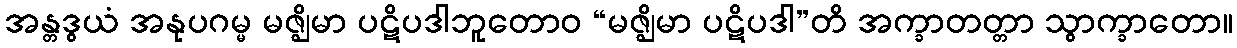
အန္တဒွယံ အနုပဂမ္မ မဇ္ဈိမာ ပဋိပဒါဘူတောဝ “မဇ္ဈိမာ ပဋိပဒါ”တိ အက္ခာတတ္တာ သွာက္ခာတော။